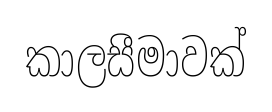
කාලසීමාවක්